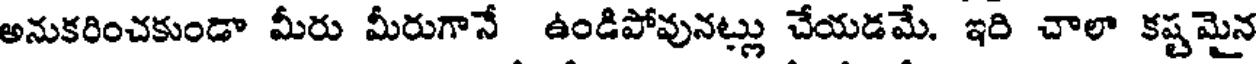
అనుకరించకుండా మీరు మీరుగానే ఉండిపోవునట్లు చేయడమే. ఇది చాలా కష్టమైన